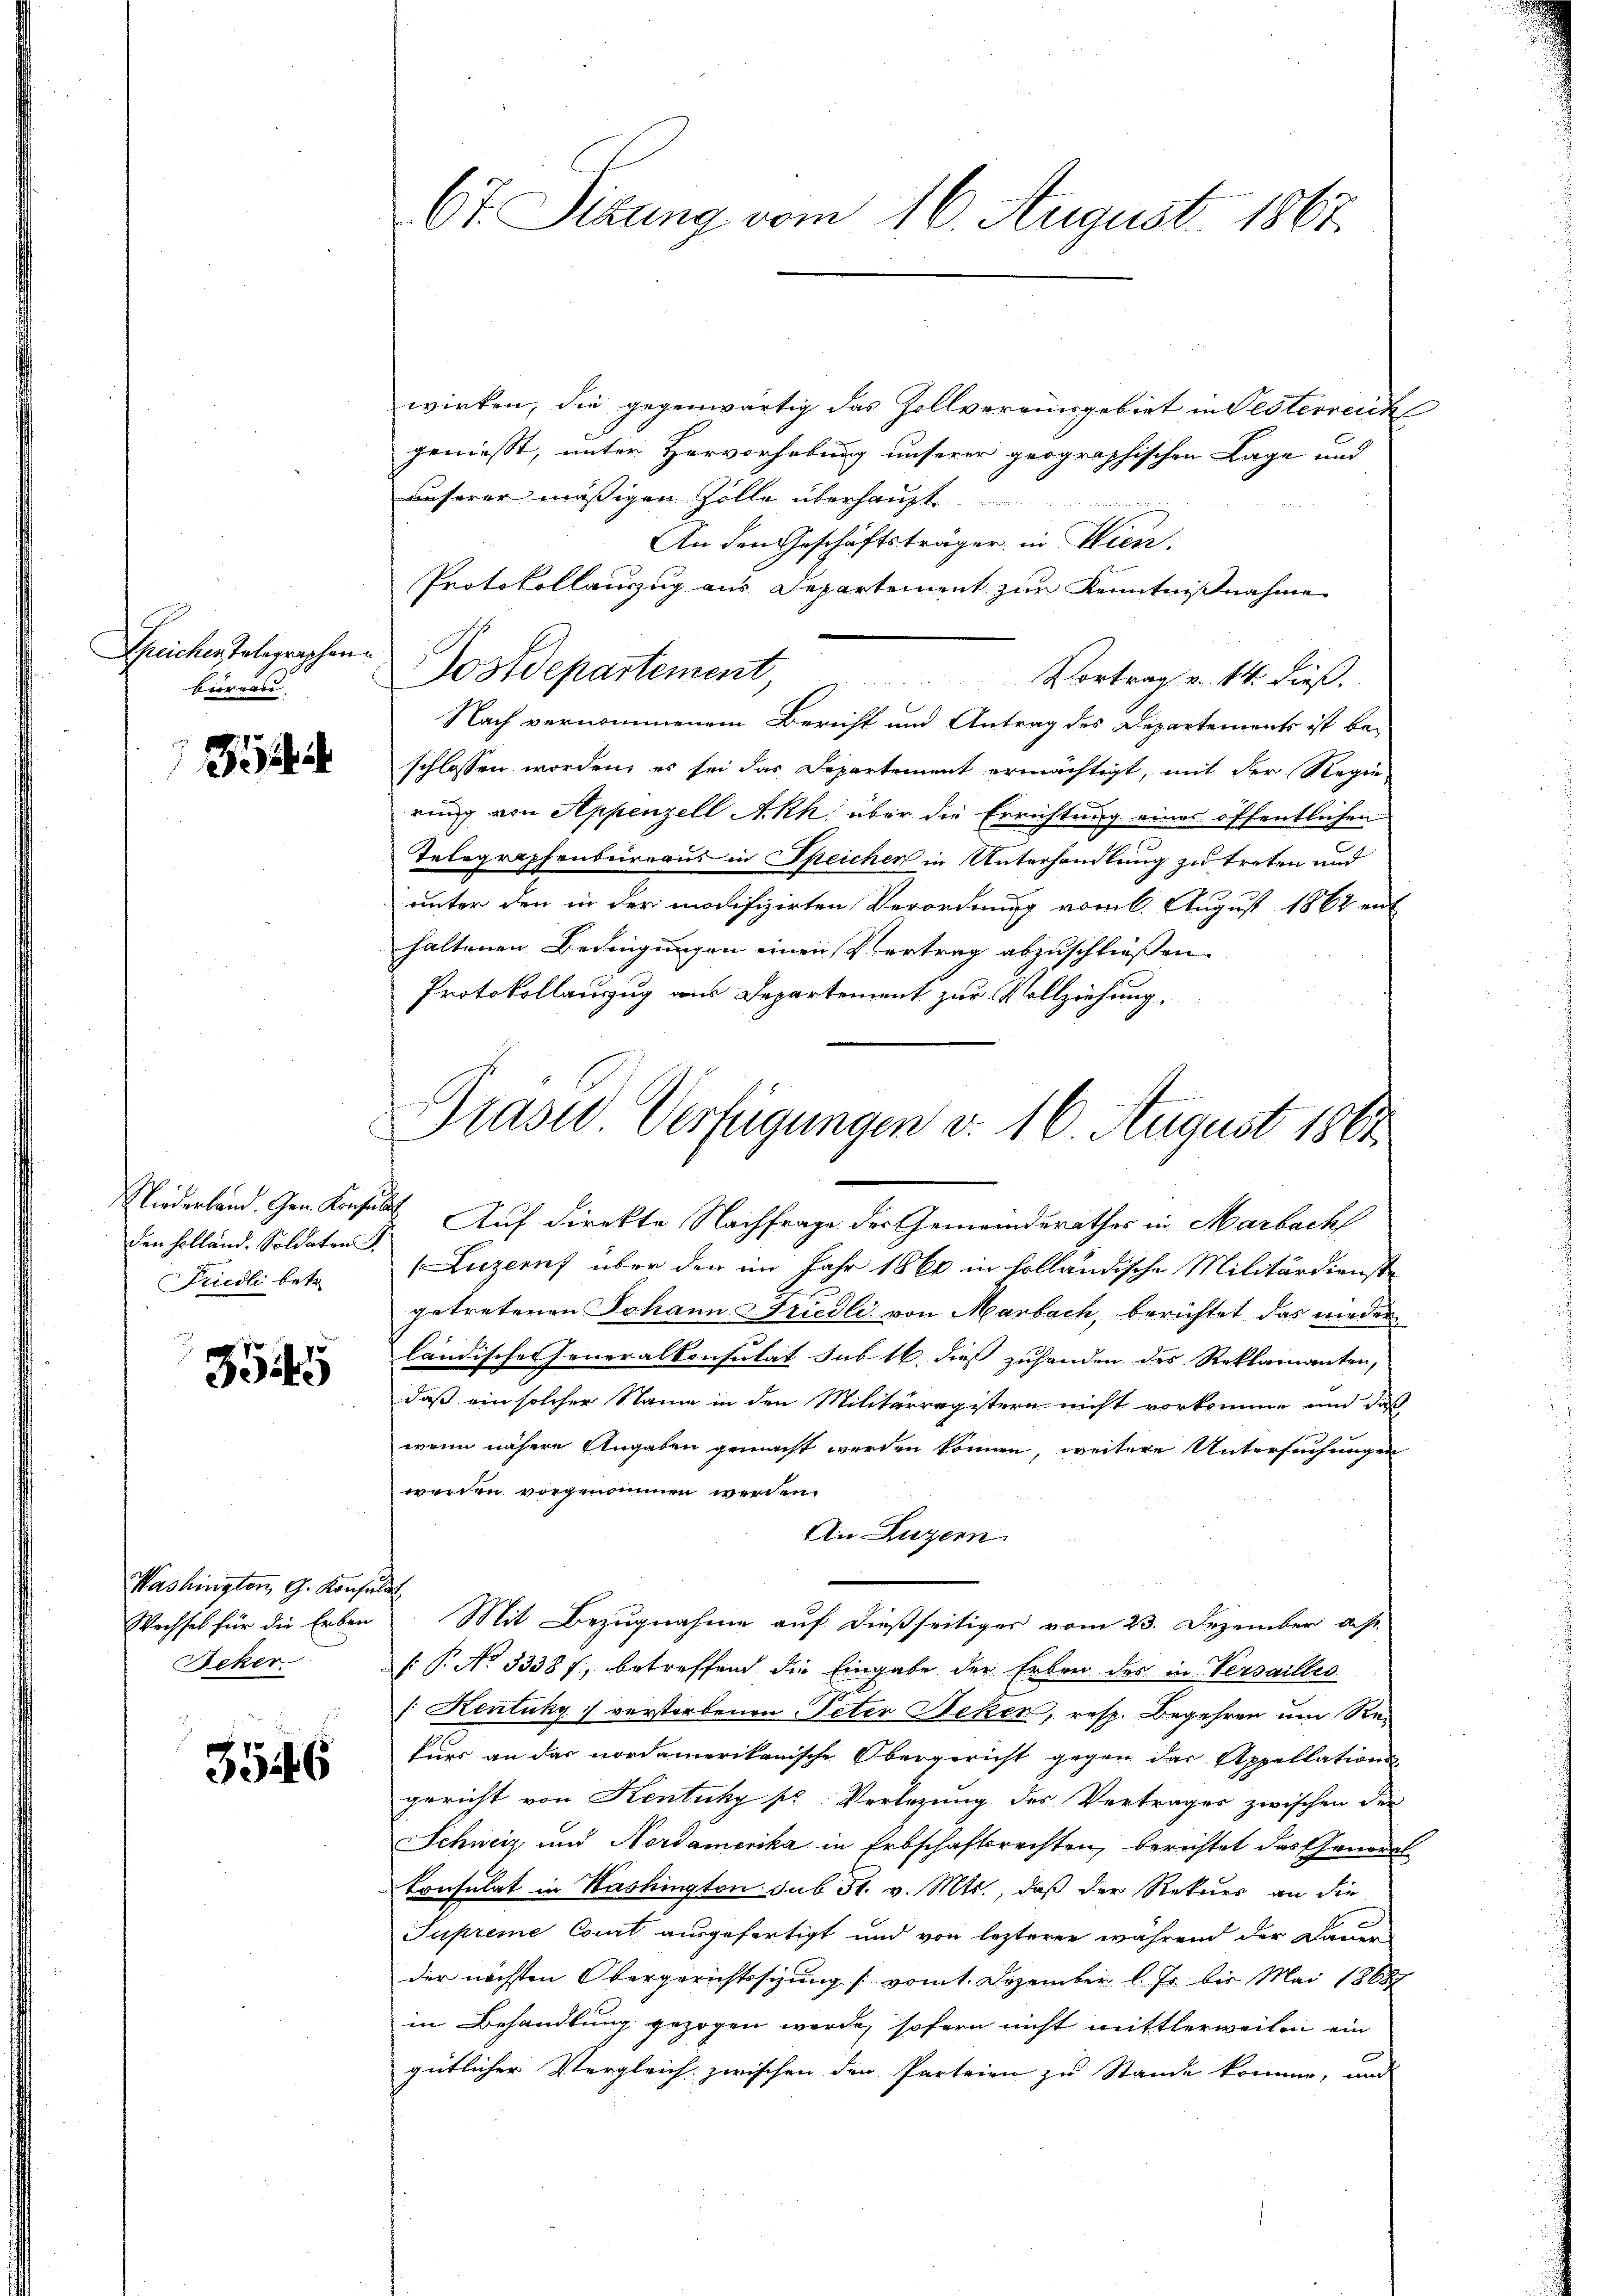
Speicher Telegraphen.
büreau

den Holländ. Soldaten
Fridli betr.

3545

Washingten G. Konsin
Wechsel für die Erben
Beker

3546

67 Sizung vom 16. August 1867.

wirken, die gegenwärtig das Zollvereinsgebiet in Testerreich
geniesst, unter Hervorhebung unserer geographischen Lage und
unserer mässigen Zolle überhaupt
An den Geschäftsträger in Wien.
Protokollauszug aus Departement zur Kenntnißnahme
Postdepartement, Vortrag v. 14. dieβ.
Nach vernommenem Bericht und Antrag des Departements ist be-
schlossen worden, es sei das Departement ermächtigt, mit der Regie
rung von Appenzell Akk über die Errichtung eines öffentlichen
Telegraphenbureaus in Speicher in Unterhandlung zu treten und
unter den in der modifizirten Verordnung vom 6. August 1862 ent
haltenen Bedingungen einen Vertrag abzuschließen.
Protokollauzug aus Departement zur Vollziehung,

1
Präsid. Verfügungen v. 16. August 1861

Niederland. Gen. Konsuls Auf direkte Nachfrage der Gemeinderathes in Marbach
(Luzerns über den im Jahr 1860 in holländische Militärdienste
getretenen Johann Friedli von Marbach, berichtet das nieder
ländische Generalkonsulat sub 16, dieß zuhanden des Reklamanten,
daß ein solcher Name in den Militärregistern nicht vorkomme und daß
wenn nähere Angaben gemacht werden können, weitere Untersuchungen
werden vorgenommen werden.
An Luzern
i
Mit Bezugnahme auf dießseitiger vom 23. Dezember a. p.
[: P. No 33387, betreffend die Eingabe der Erben des in Versailles
/ Kentuky verstorbenen Peter Beken, resp. Begehren um Rekurs an das nordamerikanische Obergericht gegen das Appellations
gericht von Kentuchy sr Verlegung des Vertrages zwischen der
Schweiz und Nordamerika in Erbschaftsrechten, berichtet das General
konsulat in Washington sub 31. v. Mts., daß der Rekurs an die
Supreme Court ausgefertigt und von lezterer während der Damen
der nächsten Obergerichtsschung (vom 1. Dezember l. Js. bis Mai 18687
in Behandlung gezogen werde, sofern nicht mittlerweilen ein
gütlicher Vergleich zwischen den Parteien zu Stande komme, und